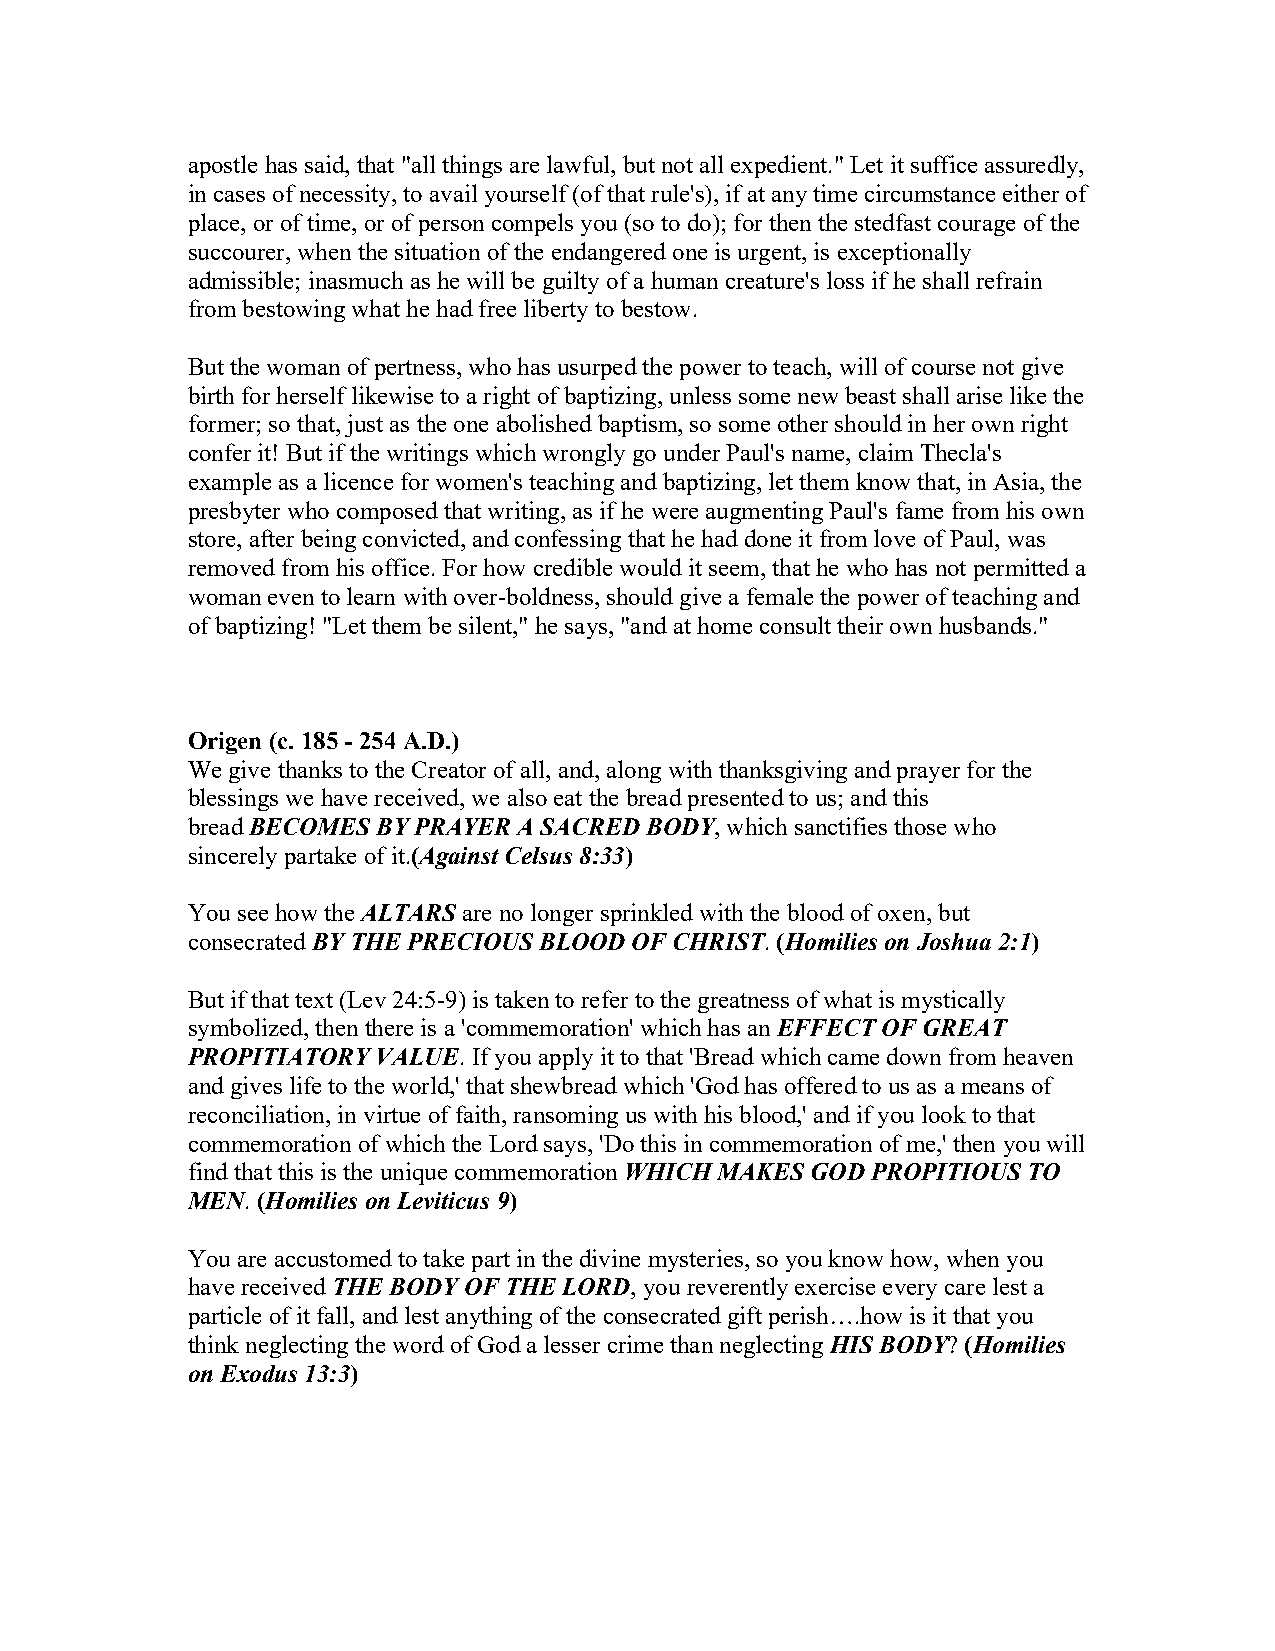
apostle has said, that "all things are lawful, but not all expedient." Let it suffice assuredly,
 in cases of necessity, to avail yourself (of that rule's), if at any time circumstance either of
 place, or of time, or of person compels you (so to do); for then the stedfast courage of the
 succourer, when the situation of the endangered one is urgent, is exceptionally
 admissible; inasmuch as he will be guilty of a human creature's loss if he shall refrain
 from bestowing what he had free liberty to bestow.
 But the woman of pertness, who has usurped the power to teach, will of course not give
 birth for herself likewise to a right of baptizing, unless some new beast shall arise like the
 former; so that, just as the one abolished baptism, so some other should in her own right
 confer it! But if the writings which wrongly go under Paul's name, claim Thecla's
 example as a licence for women's teaching and baptizing, let them know that, in Asia, the
 presbyter who composed that writing, as if he were augmenting Paul's fame from his own
 store, after being convicted, and confessing that he had done it from love of Paul, was
 removed from his office. For how credible would it seem, that he who has not permitted a
 woman even to learn with over-boldness, should give a female the power of teaching and
 of baptizing! "Let them be silent," he says, "and at home consult their own husbands."
 Origen (c. 185 - 254 A.D.)
 We give thanks to the Creator of all, and, along with thanksgiving and prayer for the
 blessings we have received, we also eat the bread presented to us; and this
 bread BECOMES BY PRAYER A SACRED BODY, which sanctifies those who
 sincerely partake of it.(Against Celsus 8:33)
 You see how the ALTARS are no longer sprinkled with the blood of oxen, but
 consecrated BY THE PRECIOUS BLOOD OF CHRIST. (Homilies on Joshua 2:1)
 But if that text (Lev 24:5-9) is taken to refer to the greatness of what is mystically
 symbolized, then there is a 'commemoration' which has an EFFECT OF GREAT
 PROPITIATORY VALUE. If you apply it to that 'Bread which came down from heaven
 and gives life to the world,' that shewbread which 'God has offered to us as a means of
 reconciliation, in virtue of faith, ransoming us with his blood,' and if you look to that
 commemoration of which the Lord says, 'Do this in commemoration of me,' then you will
 find that this is the unique commemoration WHICH MAKES GOD PROPITIOUS TO
 MEN. (Homilies on Leviticus 9)
 You are accustomed to take part in the divine mysteries, so you know how, when you
 have received THE BODY OF THE LORD, you reverently exercise every care lest a
 particle of it fall, and lest anything of the consecrated gift perish….how is it that you
 think neglecting the word of God a lesser crime than neglecting HIS BODY? (Homilies
 on Exodus 13:3)